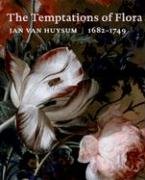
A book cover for Jan van Huysum, 1682-1749: The Temptation of Flora; Sam Segal; Arts & Photography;